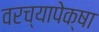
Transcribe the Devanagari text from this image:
वरच्यापेक्षा